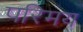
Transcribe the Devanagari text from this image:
परिमय